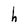
Character: h